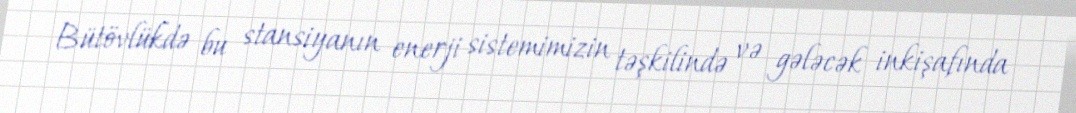
Bütövlükdə bu stansiyanın enerji sistemimizin təşkilində və gələcək inkişafında